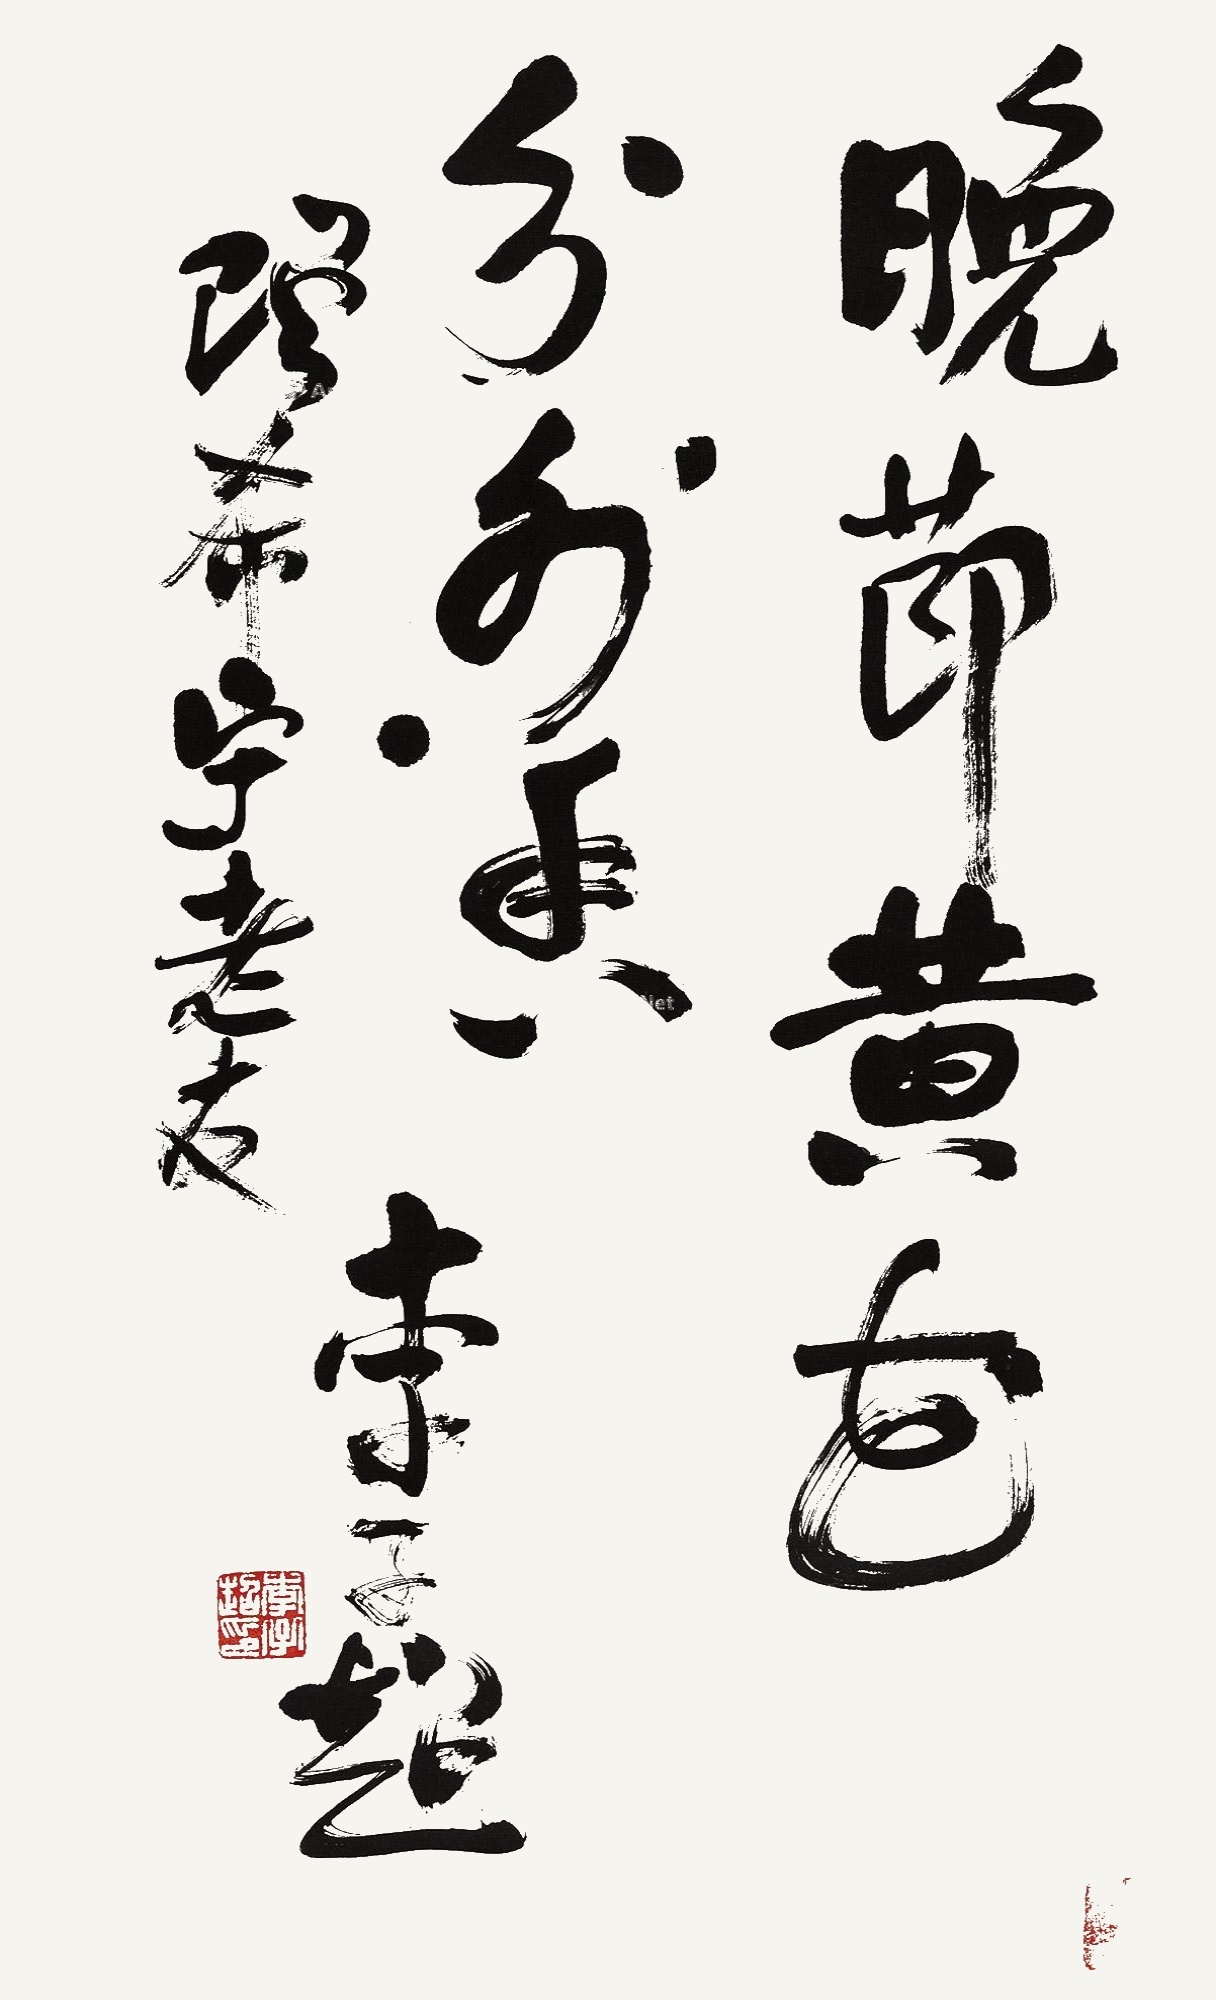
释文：晚节黄花分外香。赠希宁老友，李子超。